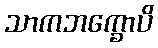
သာကဘက္ခောပိ